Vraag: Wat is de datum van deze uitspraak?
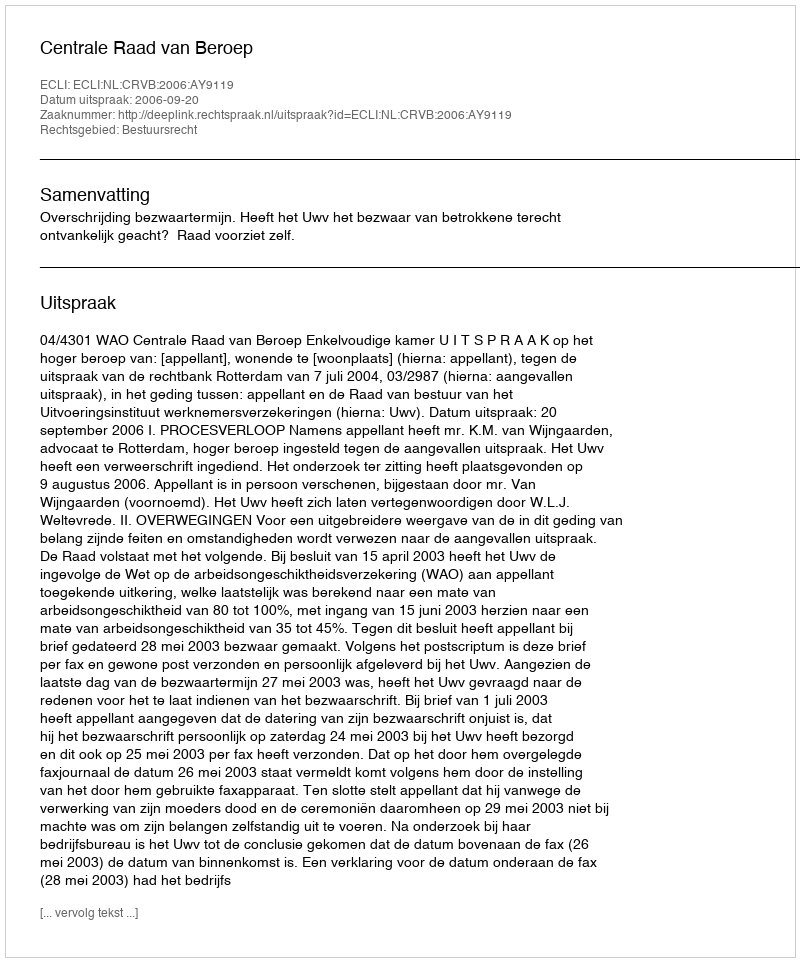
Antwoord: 2006-09-20